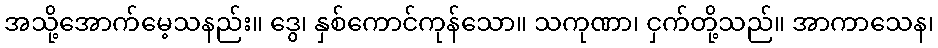
အသို့အောက်မေ့သနည်း။ ဒွေ၊ နှစ်ကောင်ကုန်သော။ သကုဏာ၊ ငှက်တို့သည်။ အာကာသေန၊